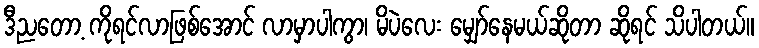
ဒီညတော့ ကိုရင်လာဖြစ်အောင် လာမှာပါကွာ၊ မိပဲလေး မျှော်နေမယ်ဆိုတာ ဆိုရင် သိပါတယ်။